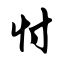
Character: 忖